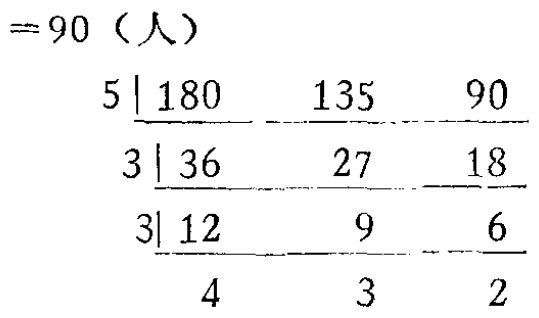
\begin{align*}
&= 90 \text{（人）}\\
&\begin{array}{l|ccc}
5 & 180 & 135 & 90\\
\hline
& 36 & 27 & 18\\
3 & 36 & 27 & 18\\
\hline
& 12 & 9 & 6\\
3 & 12 & 9 & 6\\
\hline
& 4 & 3 & 2
\end{array}
\end{align*}